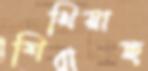
শিখিয়াছ